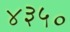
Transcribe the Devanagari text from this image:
४३५०